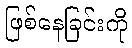
ဖြစ်နေခြင်းကို